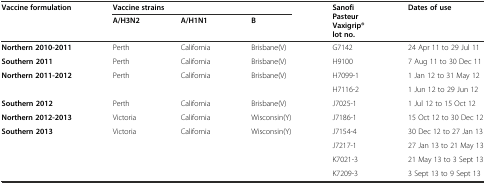
| <ROWSPAN=2> Vaccine formulation | <COLSPAN=3> Vaccine strains | <ROWSPAN=2> Sanofi Pasteur Vaxigrip® lot no. | <ROWSPAN=2> Dates of use |
 | A/H3N2 | A/H1N1 | B |
 | --- | --- | --- | --- | --- | --- |
 | Northern 2010-2011 | Perth | California | Brisbane(V) | G7142 | 24 Apr 11 to 29 Jul 11 |
 | Southern 2011 | Perth | California | Brisbane(V) | H9100 | 7 Aug 11 to 30 Dec 11 |
 | <ROWSPAN=2> Northern 2011-2012 | <ROWSPAN=2> Perth | <ROWSPAN=2> California | <ROWSPAN=2> Brisbane(V) | H7099-1 | 1 Jan 12 to 31 May 12 |
 | H7116-2 | 1 Jun 12 to 29 Jun 12 |
 | Southern 2012 | Perth | California | Brisbane(V) | J7025-1 | 1 Jul 12 to 15 Oct 12 |
 | Northern 2012-2013 | Victoria | California | Wisconsin(Y) | J7186-1 | 15 Oct 12 to 30 Dec 12 |
 | <ROWSPAN=4> Southern 2013 | <ROWSPAN=4> Victoria | <ROWSPAN=4> California | <ROWSPAN=4> Wisconsin(Y) | J7154-4 | 30 Dec 12 to 27 Jan 13 |
 | J7217-1 | 27 Jan 13 to 21 May 13 |
 | K7021-3 | 21 May 13 to 3 Sept 13 |
 | K7209-3 | 3 Sept 13 to 9 Sept 13 |